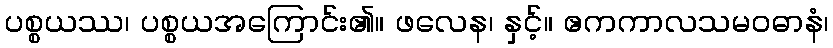
ပစ္စယဿ၊ ပစ္စယအကြောင်း၏။ ဖလေန၊ နှင့်။ ဧကကာလသမဝဓာနံ၊